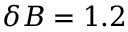
\delta B = 1 . 2 \